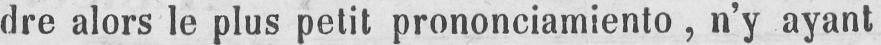
dre alors le plus petit prononciamiento, n’y ayant